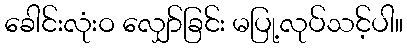
ခေါင်းလုံးဝ လျှော်ခြင်း မပြု့လုပ်သင့်ပါ။